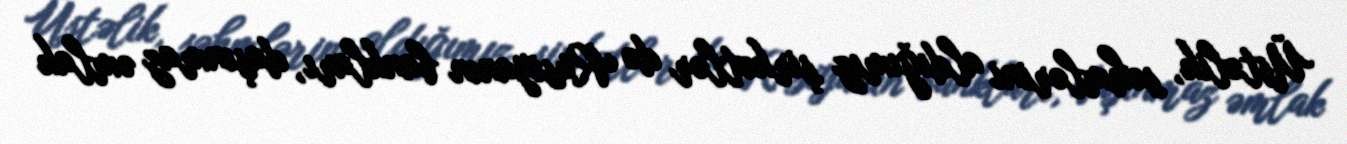
Üstəlik, səhmlərini aldığımız şirkətlər də Rusiyanın bankları, daşınmaz əmlak